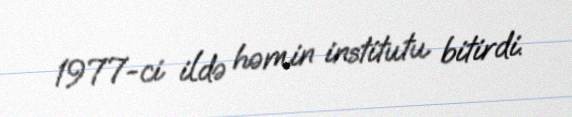
1977-ci ildə həmin institutu bitirdi.